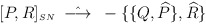
\begin{align*}[P,R]_{\scriptscriptstyle SN} \;\; \hat{\longrightarrow} \;\; -\{\{Q,\widehat {P}\},\widehat {R}\}\end{align*}